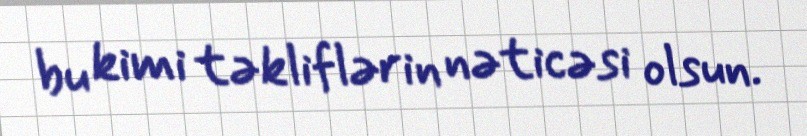
bu kimi təkliflərin nəticəsi olsun.